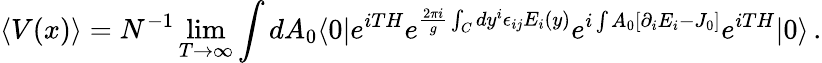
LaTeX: \langle V(x)\rangle=N^{-1}\operatorname*{lim}_{T\rightarrow\infty}\int dA_{0}\langle 0|e^{iTH}e^{{\frac{2\pi i}{g}}\int_{C}dy^{i}\epsilon_{ij}E_{i}(y)}e^{i\int A_{0}[\partial_{i}E_{i}-J_{0}]}e^{iTH}|0\rangle\, .